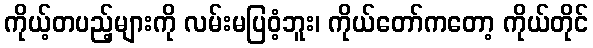
ကိုယ့်တပည့်များကို လမ်းမပြဝံ့ဘူး၊ ကိုယ်တော်ကတော့ ကိုယ်တိုင်